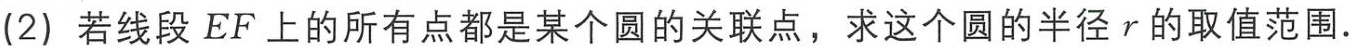
(2) 若线段 \(EF\) 上的所有点都是某个圆的关联点，求这个圆的半径 \(r\) 的取值范围.